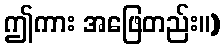
ဤကား အဖြေတည်း။)